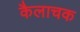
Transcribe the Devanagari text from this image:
कैलाचक